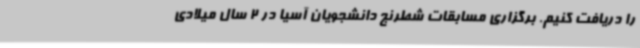
را دریافت کنیم. برگزاری مسابقات شطرنج دانشجویان آسیا در 2 سال میلادی